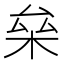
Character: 㕖